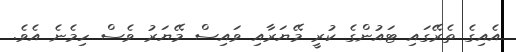
އެއިގެ ތެރޭގައި ޓައުންގެ ކުރީ މޭޔަރާއި ވައިސް މޭޔަރު ވެސް ހިމެނެ އެވެ.